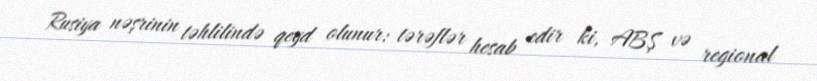
Rusiya nəşrinin təhlilində qeyd olunur: tərəflər hesab edir ki, ABŞ və regional